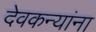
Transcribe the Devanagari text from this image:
देवकन्यांना